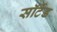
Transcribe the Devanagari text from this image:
सॉर्टेड